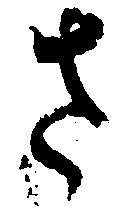
さ